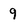
Character: 9